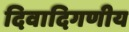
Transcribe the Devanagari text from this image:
दिवादिगणीय